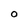
Character: O